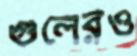
গুলেরও